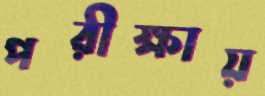
পরীক্ষায়